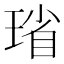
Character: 𪻻